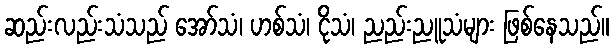
ဆည်းလည်းသံသည် အော်သံ၊ ဟစ်သံ၊ ငိုသံ၊ ညည်းညူသံများ ဖြစ်နေသည်။